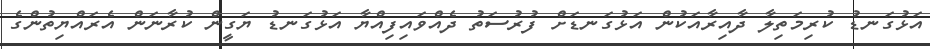
އަޅުގަނޑު ކުރިމަތިލާ ދާއިރާއަކުން އަޅުގަނޑަށް ފުރުސަތު ދެއްވައިފިއްޔާ އަޅުގަނޑު ޔަގީން ކުރާނަން އެރައްޔިތުންގެ